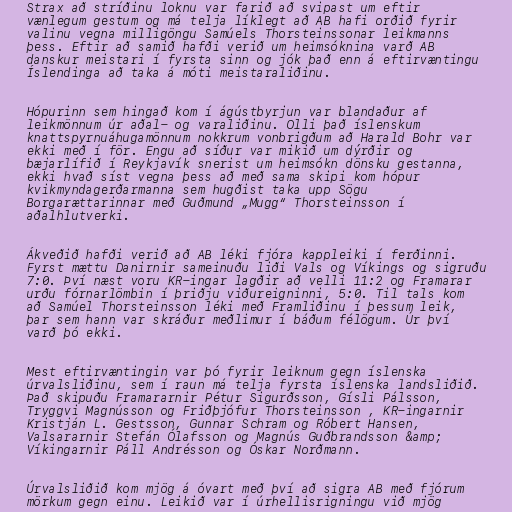
Strax að stríðinu loknu var farið að svipast um eftir
vænlegum gestum og má telja líklegt að AB hafi orðið fyrir
valinu vegna milligöngu Samúels Thorsteinssonar leikmanns
þess. Eftir að samið hafði verið um heimsóknina varð AB
danskur meistari í fyrsta sinn og jók það enn á eftirvæntingu
Íslendinga að taka á móti meistaraliðinu.

Hópurinn sem hingað kom í ágústbyrjun var blandaður af
leikmönnum úr aðal- og varaliðinu. Olli það íslenskum
knattspyrnuáhugamönnum nokkrum vonbrigðum að Harald Bohr var
ekki með í för. Engu að síður var mikið um dýrðir og
bæjarlífið í Reykjavík snerist um heimsókn dönsku gestanna,
ekki hvað síst vegna þess að með sama skipi kom hópur
kvikmyndagerðarmanna sem hugðist taka upp Sögu
Borgarættarinnar með Guðmund „Mugg“ Thorsteinsson í
aðalhlutverki.

Ákveðið hafði verið að AB léki fjóra kappleiki í ferðinni.
Fyrst mættu Danirnir sameinuðu liði Vals og Víkings og sigruðu
7:0. Því næst voru KR-ingar lagðir að velli 11:2 og Framarar
urðu fórnarlömbin í þriðju viðureigninni, 5:0. Til tals kom
að Samúel Thorsteinsson léki með Framliðinu í þessum leik,
þar sem hann var skráður meðlimur í báðum félögum. Úr því
varð þó ekki.

Mest eftirvæntingin var þó fyrir leiknum gegn íslenska
úrvalsliðinu, sem í raun má telja fyrsta íslenska landsliðið.
Það skipuðu Framararnir Pétur Sigurðsson, Gísli Pálsson,
Tryggvi Magnússon og Friðþjófur Thorsteinsson , KR-ingarnir
Kristján L. Gestsson, Gunnar Schram og Róbert Hansen,
Valsararnir Stefán Ólafsson og Magnús Guðbrandsson &amp;
Víkingarnir Páll Andrésson og Óskar Norðmann.

Úrvalsliðið kom mjög á óvart með því að sigra AB með fjórum
mörkum gegn einu. Leikið var í úrhellisrigningu við mjög